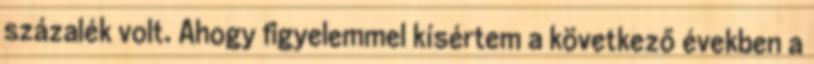
százalék volt. Ahogy figyelemmel kísértem a következő években a